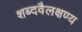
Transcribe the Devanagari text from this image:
शब्दवैलक्षण्य